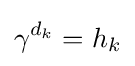
\gamma ^{d_{k}}=h_{k}